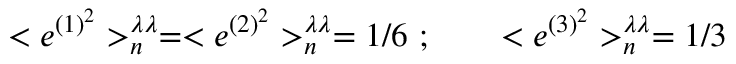
< { e } ^ { ( 1 ) ^ { 2 } } > _ { n } ^ { \lambda \lambda } = < { e } ^ { ( 2 ) ^ { 2 } } > _ { n } ^ { \lambda \lambda } = 1 / 6 \ ; \qquad < { e } ^ { ( 3 ) ^ { 2 } } > _ { n } ^ { \lambda \lambda } = 1 / 3